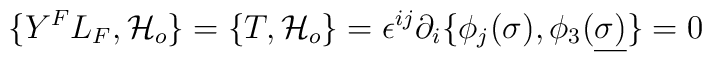
\{ Y^FL_F, {\cal H}_{o}\} =\{ T,{\cal H}_{o}\} = 	\epsilon^{ij}\partial_i\{ \phi_j(\sigma),\phi_3(\underline{\sigma)} \} = 0